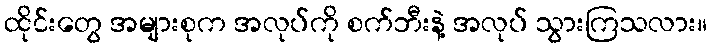
ထိုင်းတွေ အများစုက အလုပ်ကို စက်ဘီးနဲ့ အလုပ် သွားကြသလား။